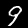
Digit: 9